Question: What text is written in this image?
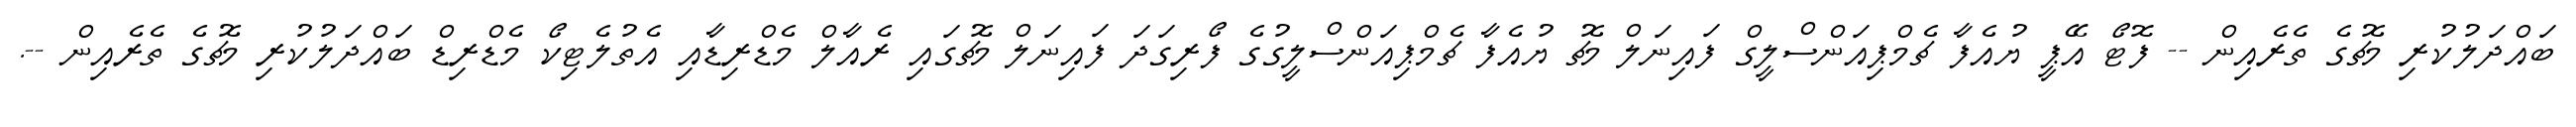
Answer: ބައްދަލުކުރި މެޗުގެ ތެރެއިން -- ފޮޓޯ އޭޕީ ޔުއެފާ ޗެމްޕިއަންސްލީގް ފައިނަލް މެޗު ޔުއެފާ ޗެމްޕިއަންސްލީގުގެ ފޯރިގަދަ ފައިނަލް މެޗުގައި ރެއާލް މެޑްރިޑާއި އެތުލެޓިކޯ މެޑްރިޑް ބައްދަލުކުރި މެޗުގެ ތެރެއިން --.